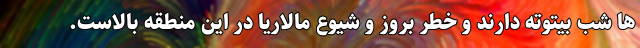
ها شب بیتوته دارند و خطر بروز و شیوع مالاریا در این منطقه بالاست.